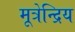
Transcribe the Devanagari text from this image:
मूत्रेन्द्रिय